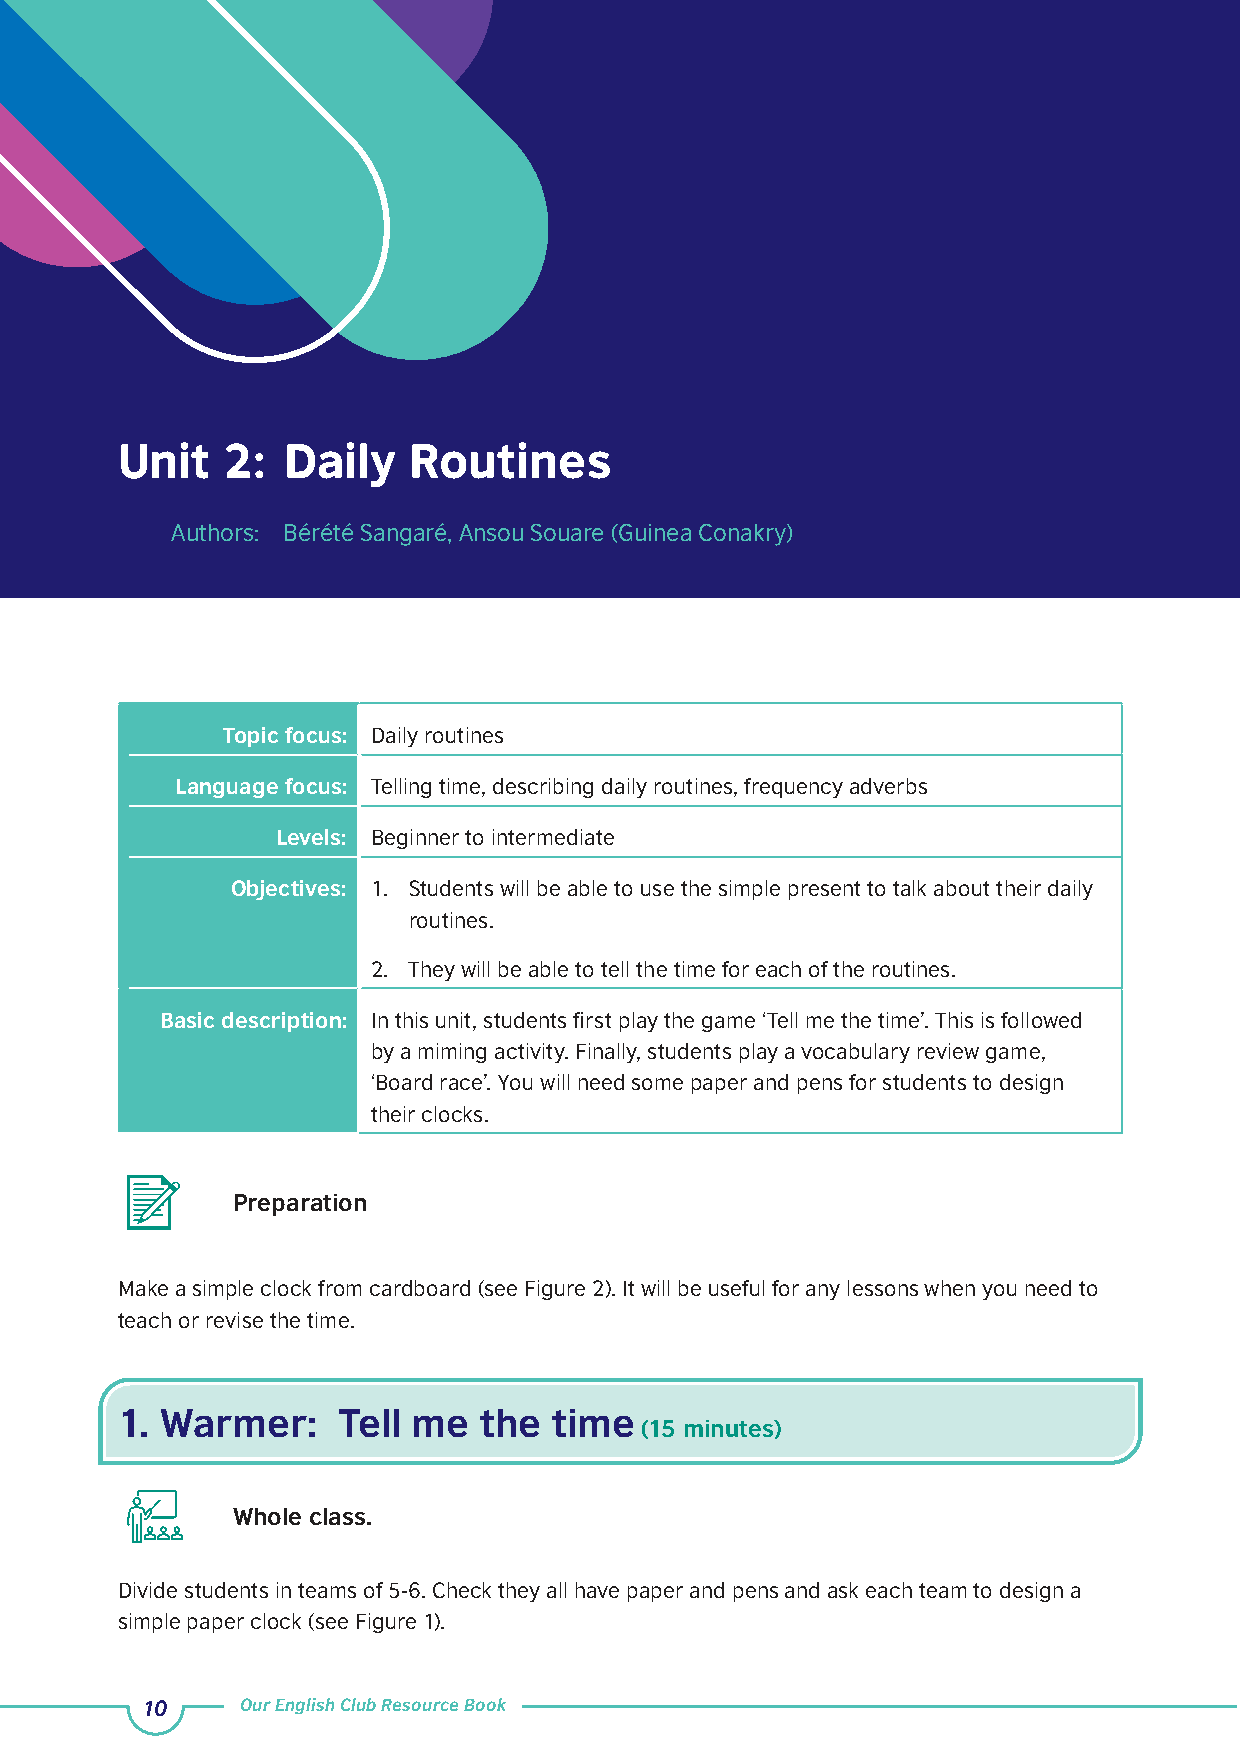
Unit   2:  Daily   Routines
 Authors: Bérété Sangaré, Ansou Souare (Guinea Conakry)
 Topic focus: Daily routines
 Language focus: Telling time, describing daily routines, frequency adverbs
 Levels: Beginner to intermediate
 Objectives: 1. Students will be able to use the simple present to talk about their daily
 routines.
 2. They will be able to tell the time for each of the routines.
 Basic description: In this unit, students first play the game ‘Tell me the time’. This is followed
 by a miming activity. Finally, students play a vocabulary review game,
 ‘Board race’. You will need some paper and pens for students to design
 their clocks.
 Preparation
 Make a simple clock from cardboard (see Figure 2). It will be useful for any lessons when you need to
 teach or revise the time.
 1. Warmer:    Tell me   the  time
 (15 minutes)
 Whole class.
 Divide students in teams of 5-6. Check they all have paper and pens and ask each team to design a
 simple paper clock (see Figure 1).
 10     Our English Club Resource Book